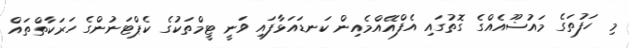
މި ހަފުތަގެ މައުޟޫއެއްގެ ގޮތުގައި އެފްއޭއްމެއިން ކަނޑައަޅާފައި ވަނީ ޓީމްތަކުގެ ކެޕްޓަނުންގެ ހަރަކާތްތައް